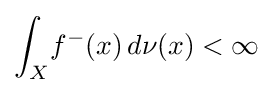
\int _{X}\!f^{-}(x)\,d\nu (x)<\infty